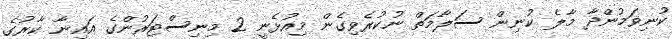
ކުނިވަމުންދާ މާލެ ކުނިން ސަލާމަތް ނުކުރެވިގެން މިއުޅެނީ 2 މިނިސްޓަރުންގެ އައިނާ ކާރުގެ